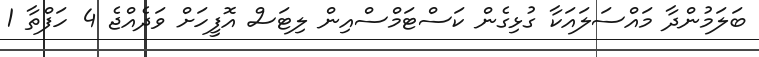
ބަލަމުންދާ މައްސަލައަކާ ގުޅިގެން ކަސްޓަމްސްއިން ލިޓަސް އޮފީހަށް ވަދެއްޖެ 4 ހަފްތާ 1